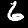
Digit: 6